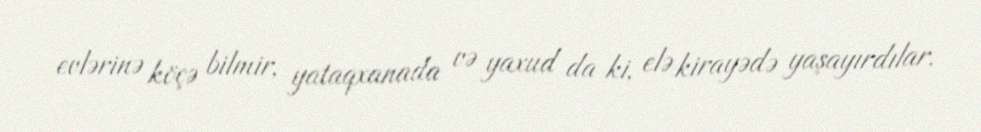
evlərinə köçə bilmir, yataqxanada və yaxud da ki, elə kirayədə yaşayırdılar.